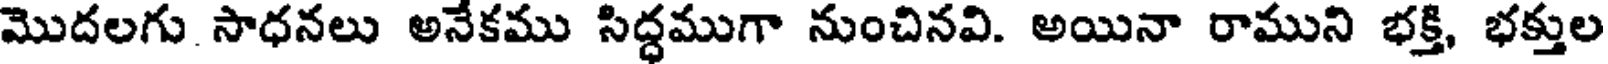
మొదలగు సాధనలు అనేకము సిద్ధముగా నుంచినవి. అయినా రాముని భక్తి, భక్తుల